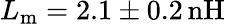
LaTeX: L_{\mathrm{m}}=2.1\pm 0.2\, \mathrm{nH}